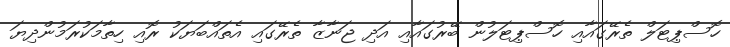
ހޮސްޕިޓަލް ތެރޭގައާއި ހޮސްޕިޓަލުން ބޭރުގައާއި އަދި ޖަނާޒާ ތެރޭގައި އެތައްބަޔަކު ރޮއި ހިތާމަކުރަމުންދިޔަ